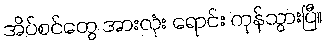
အိပ်စင်တွေ အားလုံး ရောင်း ကုန်သွားပြီ။